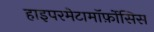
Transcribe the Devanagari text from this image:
हाइपरमेटामॉर्फ़ोसिस